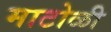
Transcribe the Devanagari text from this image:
माटोळी